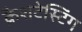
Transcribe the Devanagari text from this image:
क्रैशटेस्टिंग